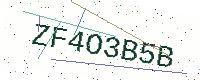
Text: ZF4O3B5B